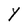
Character: Y